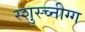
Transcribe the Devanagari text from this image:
स्शुस्च्नीग्ग